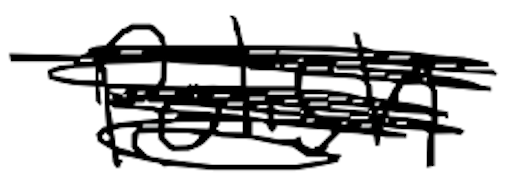
Text: Polish
Cross-out: mix
Writing tool: digital_black